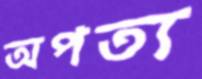
অপত্য